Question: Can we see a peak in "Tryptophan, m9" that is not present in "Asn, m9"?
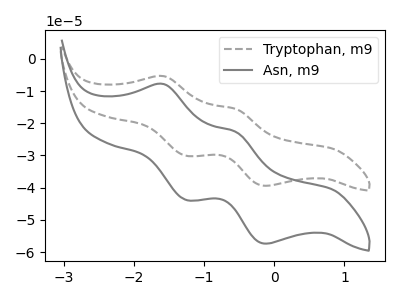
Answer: <think>The gray dashed curve "Tryptophan, m9" has anodic peaks at (-1.60V, -5.35uA) (-0.55V, -15.60uA) and cathodic peaks at (-1.25V, -30.10uA) (-0.10V, -39.40uA). The gray curve "Asn, m9" has anodic peaks at (-1.60V, -7.80uA) (-0.55V, -22.70uA) and cathodic peaks at (-1.25V, -43.80uA) (-0.10V, -57.35uA).
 All the peaks in "Tryptophan, m9" have a peak in "Asn, m9" at the same potential.</think>
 <answer>No, "Tryptophan, m9" and "Asn, m9" don't appear to be significantly different in shape</answer>
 <eval>no_change</eval>